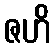
ဇဟိ